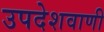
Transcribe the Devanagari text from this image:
उपदेशवाणी